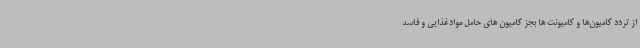
از تردد کامیون‌ها و کامیونت ‌ها بجز کامیون‌ های حامل موادغذایی و فاسد